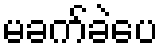
မခက်ခဲပေ